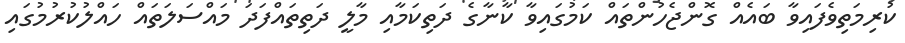
ކުރިމަތިވެފައިވާ ބައެއް ގޮންޖެހުންތައް ކަމުގައިވާ ކާނާގެ ދަތިކަމާއި މާލީ ދަތިތައްފަދަ މައްސަލަތައް ހައްލުކުރުމުގައި